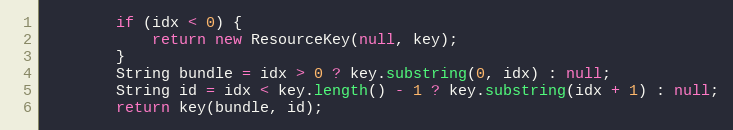
Language: Java
		if (idx < 0) {
			return new ResourceKey(null, key);
		}
		String bundle = idx > 0 ? key.substring(0, idx) : null;
		String id = idx < key.length() - 1 ? key.substring(idx + 1) : null;
		return key(bundle, id);